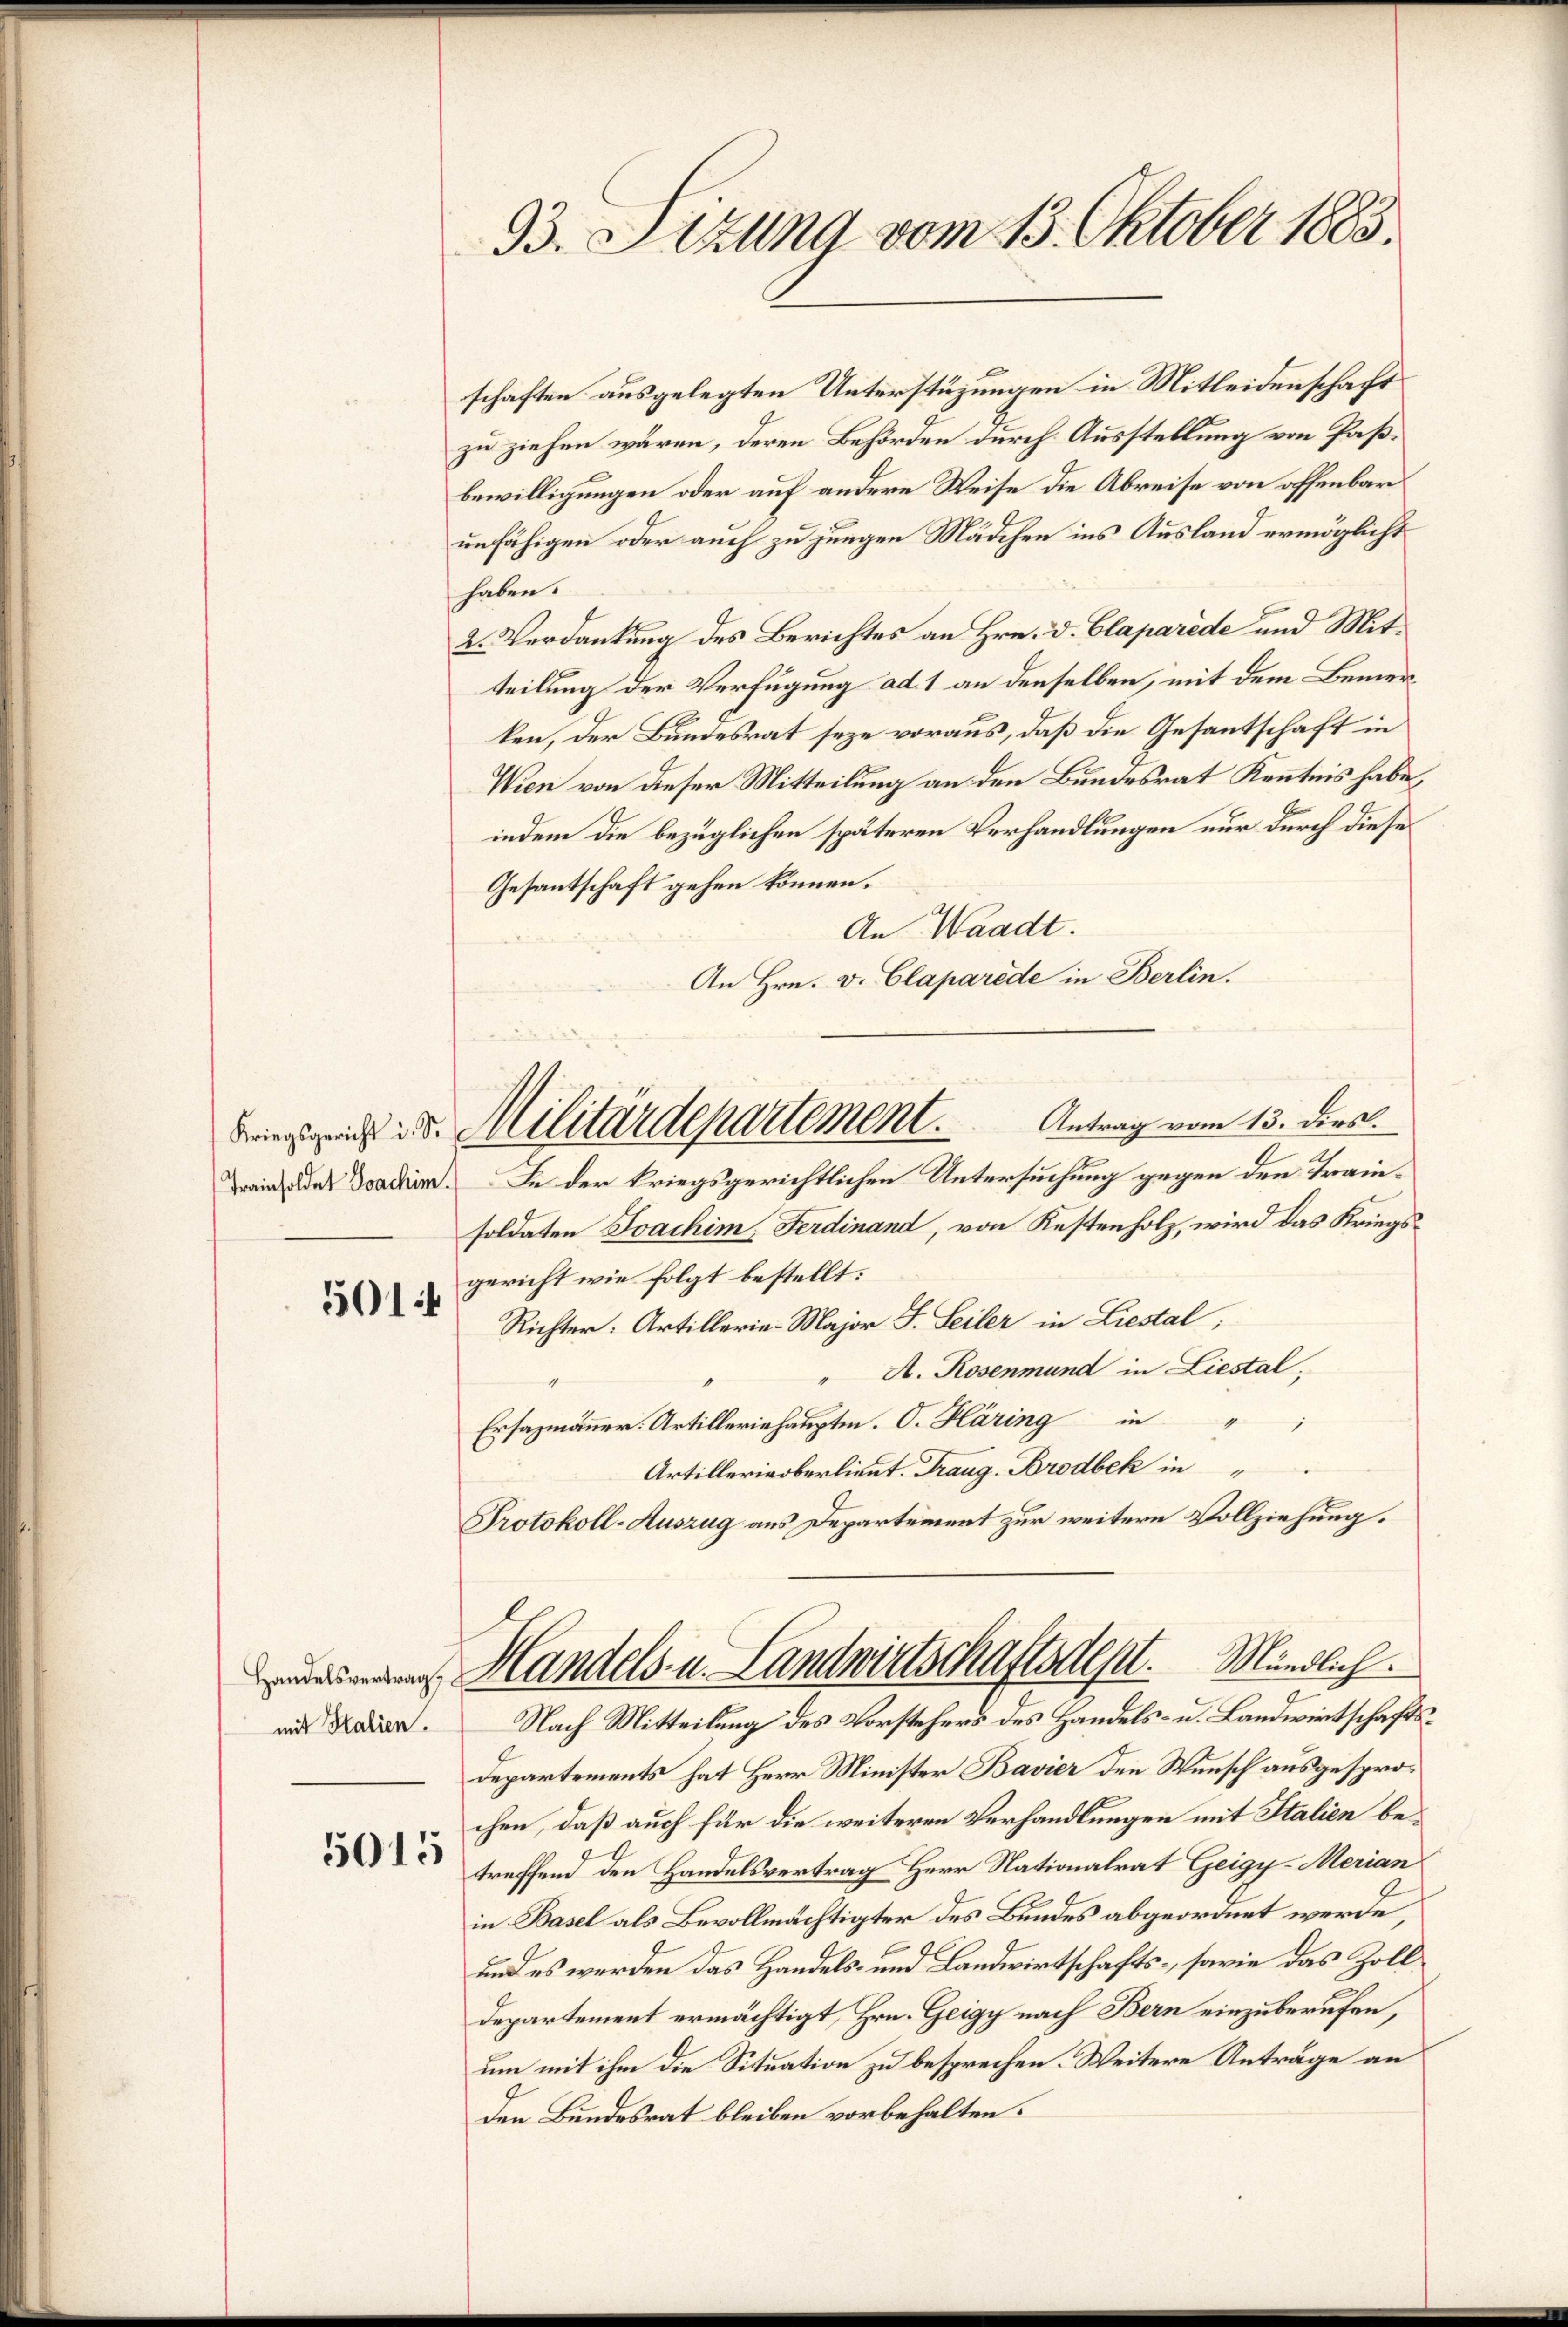
501

5015

33. Sitzung vom 13. Oktober 1883.

schaften ausgelegten Unterstüzungen in Mitleidenschaft
zu ziehen wären, deren Behörden durch Ausstellung von Paßbewilligungen oder auf andere Weise die Abreise von offenbar
unfähigen oder auch zu jungen Mädchen ins Ausland ermöglicht
haben.
2. Verdankung des Berichtes an Hrn. D. Claparide und Mitteilung der Verfügung ad 1 an denselben, mit dem Bemerken, der Bundesrat seze voraus, daß die Gesantschaft in
Wien von dieser Mitteilung an den Bundesrat Kenntnis habe,
indem die bezüglichen späteren Verhandlungen nur durch diese
Gesantschaft gehen können.
An Waadt.
An Hrn. v. Claparede in Berlin.
soldaten Joachim, Ferdinand, von Kostenholz, wird das Kriegsgericht wie folgt bestellt:
Richter: Artillerie-Major J. Seiler in Liestal;
" A. Rosenmund in Liestal,
Ersazmänner. Artilleriehauptm. O. Häring in
Artillerieberlieut. Trang. Brodbek in
Protokoll-Auszug aus Departement zur weitere Vollziehung.
udiene Handels- u. Landwirtschaftsdept. Mündlich.
mi Reden. Nach Mitteilung des Vorstehers des Handels- u. Landwirtschafts¬
Departements hat Herr Minister Bavier den Wunsch ausgesprochen, daß auch für die weiteren Verhandlungen mit Italien betreffend den Handelsvertrag Herr Nationalrat Geigy-Merian
in Basel als Bevollmächtigter des Bundes abgeordnet werde,
und es werden das Handels- und Landwirtschafts-, sowie das Zoll¬
Departement ermächtigt, Hrn. Geigy nach Bern einzuberufen,
um mit ihm die Situation zu besprechen. Weitere Anträge an
den Bundesrat bleiben vorbehalten.

biegen d. Militärdepartement.            Antrag vom 13. ders.
in. Das Daten. In der kriegsgerichtlichen Untersuchung gegen den Tran¬